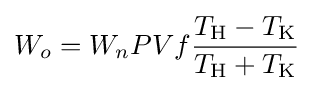
W_{o}=W_{n}PVf{\frac {T_{\text{H}}-T_{\text{K}}}{T_{\text{H}}+T_{\text{K}}}}